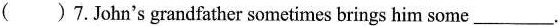
( )7.John's grandfather sometimes brings him some ___.